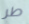
طر